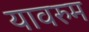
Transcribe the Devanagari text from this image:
यावरुम